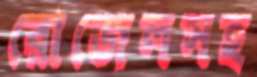
রোজেলসহ